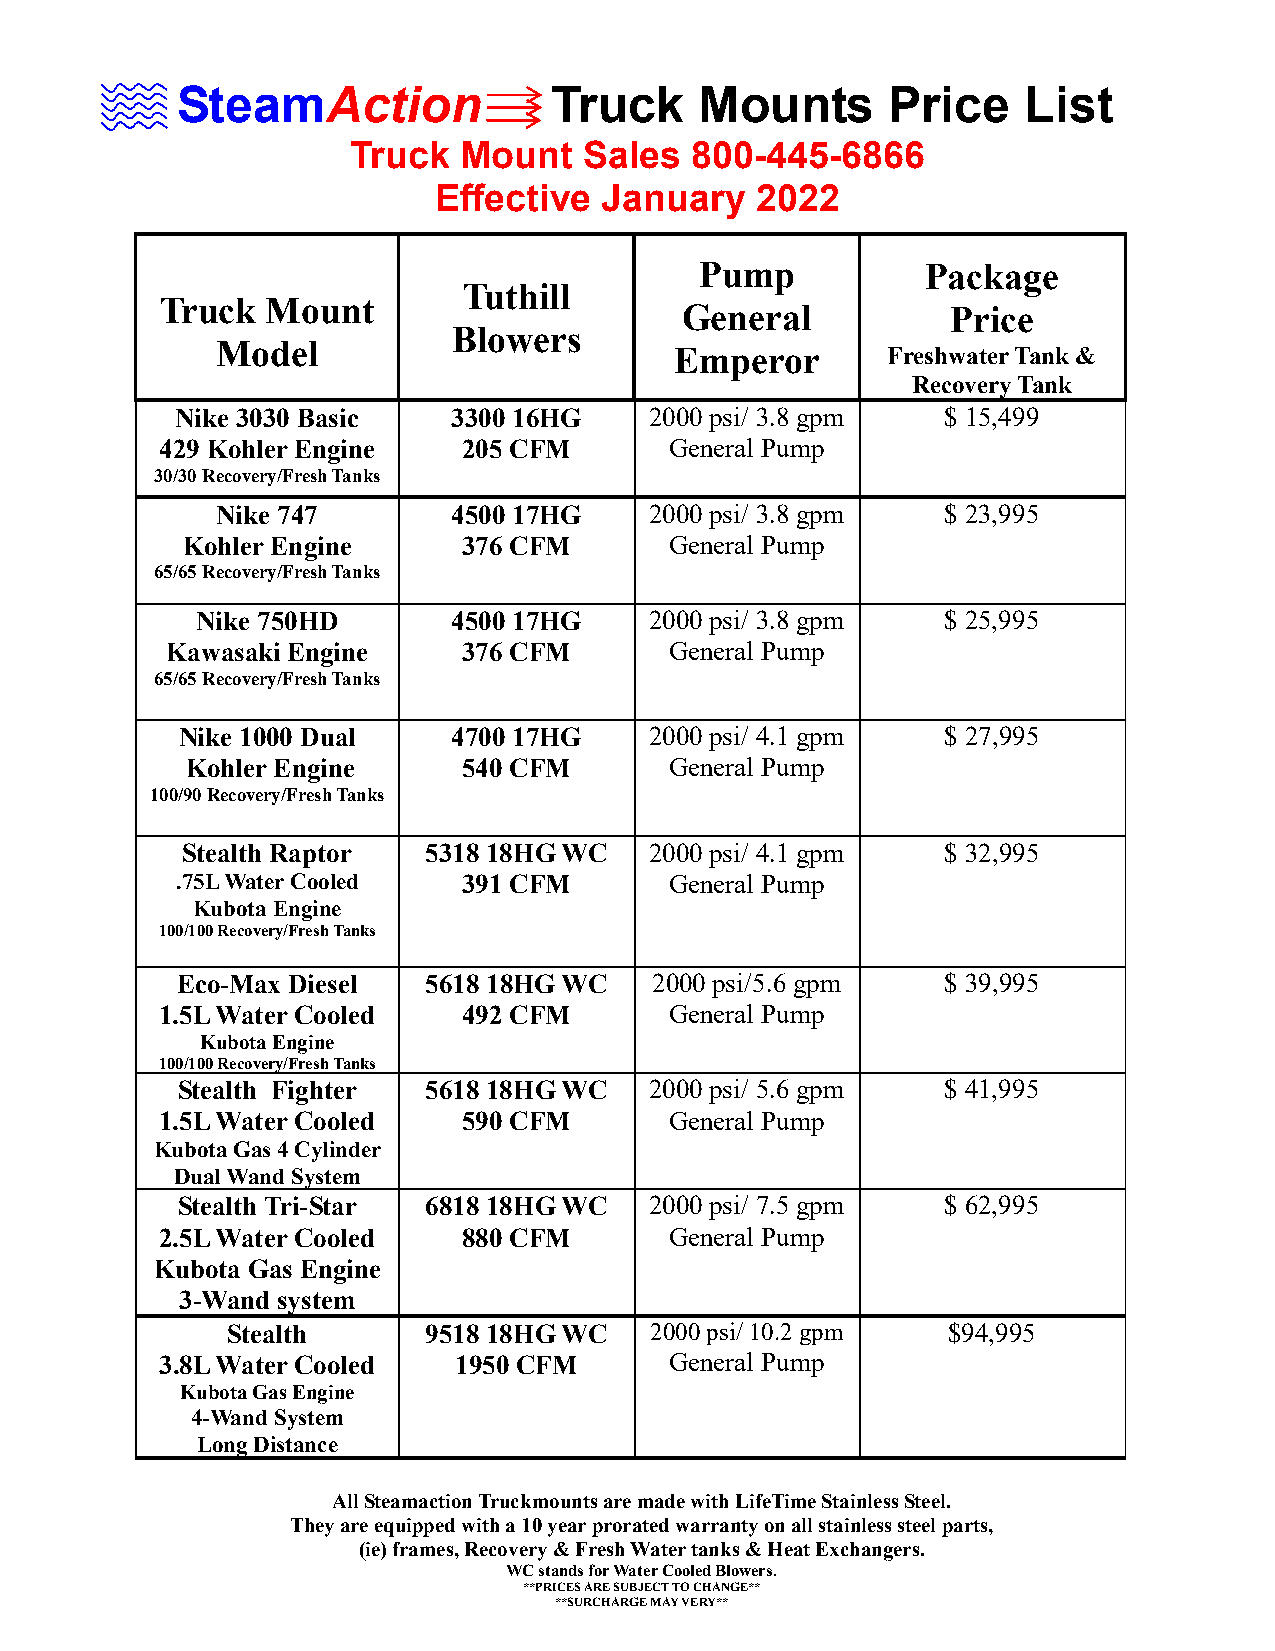
SteamAction             Truck     Mounts       Price    List
 Truck  Mount    Sales  800-445-6866
 Effective  January   2022
 Pump           Package
 Tuthill
 Truck  Mount
 General           Price
 Blowers
 Model                          Emperor       Freshwater Tank &
 Recovery Tank
 Nike 3030 Basic   3300 16HG    2000 psi/ 3.8 gpm   $ 15,499
 429 Kohler Engine   205 CFM      General Pump
 30/30 Recovery/Fresh Tanks
 Nike 747        4500 17HG    2000 psi/ 3.8 gpm   $ 23,995
 Kohler Engine      376 CFM      General Pump
 65/65 Recovery/Fresh Tanks
 Nike 750HD       4500 17HG    2000 psi/ 3.8 gpm   $ 25,995
 Kawasaki Engine     376 CFM      General Pump
 65/65 Recovery/Fresh Tanks
 Nike 1000 Dual    4700 17HG    2000 psi/ 4.1 gpm   $ 27,995
 Kohler Engine      540 CFM      General Pump
 100/90 Recovery/Fresh Tanks
 Stealth Raptor  5318 18HG WC   2000 psi/ 4.1 gpm   $ 32,995
 .75L Water Cooled  391 CFM      General Pump
 Kubota Engine
 100/100 Recovery/Fresh Tanks
 Eco-Max Diesel  5618 18HG WC   2000 psi/5.6 gpm    $ 39,995
 1.5L Water Cooled   492 CFM      General Pump
 Kubota Engine
 100/100 Recovery/Fresh Tanks
 Stealth Fighter 5618 18HG WC   2000 psi/ 5.6 gpm   $ 41,995
 1.5L Water Cooled   590 CFM      General Pump
 Kubota Gas 4 Cylinder
 Dual Wand System
 Stealth Tri-Star 6818 18HG WC  2000 psi/ 7.5 gpm   $ 62,995
 2.5L Water Cooled   880 CFM      General Pump
 Kubota Gas Engine
 3-Wand system
 Stealth      9518 18HG WC   2000 psi/ 10.2 gpm  $94,995
 3.8L Water Cooled  1950 CFM      General Pump
 Kubota Gas Engine
 4-Wand System
 Long Distance
 All Steamaction Truckmounts are made with LifeTime Stainless Steel.
 They are equipped with a 10 year prorated warranty on all stainless steel parts,
 (ie) frames, Recovery & Fresh Water tanks & Heat Exchangers.
 WC stands for Water Cooled Blowers.
 **PRICES ARE SUBJECT TO CHANGE**
 **SURCHARGE MAY VERY**